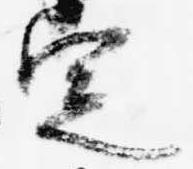
定